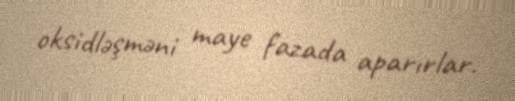
oksidləşməni maye fazada aparırlar.